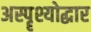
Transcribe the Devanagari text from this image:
अस्पॄश्योद्धार